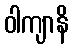
ဝါကျာနိ